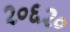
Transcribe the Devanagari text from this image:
२०६२०